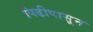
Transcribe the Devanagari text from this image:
पिढीपासून